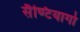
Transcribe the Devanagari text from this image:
सैण्टियागो